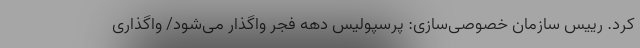
کرد. رییس سازمان خصوصی‌سازی: پرسپولیس دهه فجر واگذار می‌شود/ واگذاری